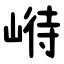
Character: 崻